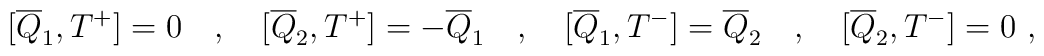
[\overline{Q}_1 , T^+]=0 \quad , \quad  [\overline{Q}_2 , T^+] = -\overline{Q}_1 \quad , \quad[\overline{Q}_1 ,T^-] = \overline{Q}_2 \quad , \quad [\overline{Q}_2 ,T^-]=0 \ ,